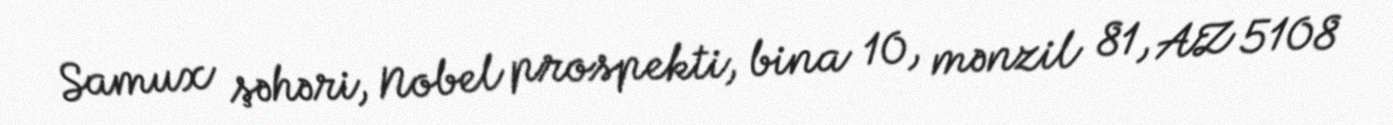
Samux şəhəri, Nobel prospekti, bina 10, mənzil 81, AZ 5108